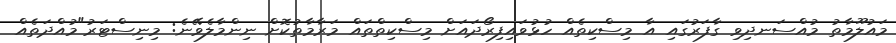
މައުލޫމާތު މުއްސަނދިވި ގާފަރުގައި އާ މިސްކިތެއް ހުޅުވައިފިރޯދައަށް މިސްކިތްތައް މަރާމާތުކޮށް ނިންމާލެވޭނެ: މިނިސްޓަރު"މުއްދަތެއް